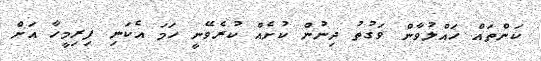
ކަންތައް ހައްލުވާން ވަގުތު ދިނުން ކުށެއް ކުރެވޭނީ ހަމަ އެކަނި ފިރިމީހާ އަށް